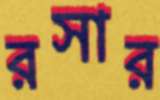
রসার